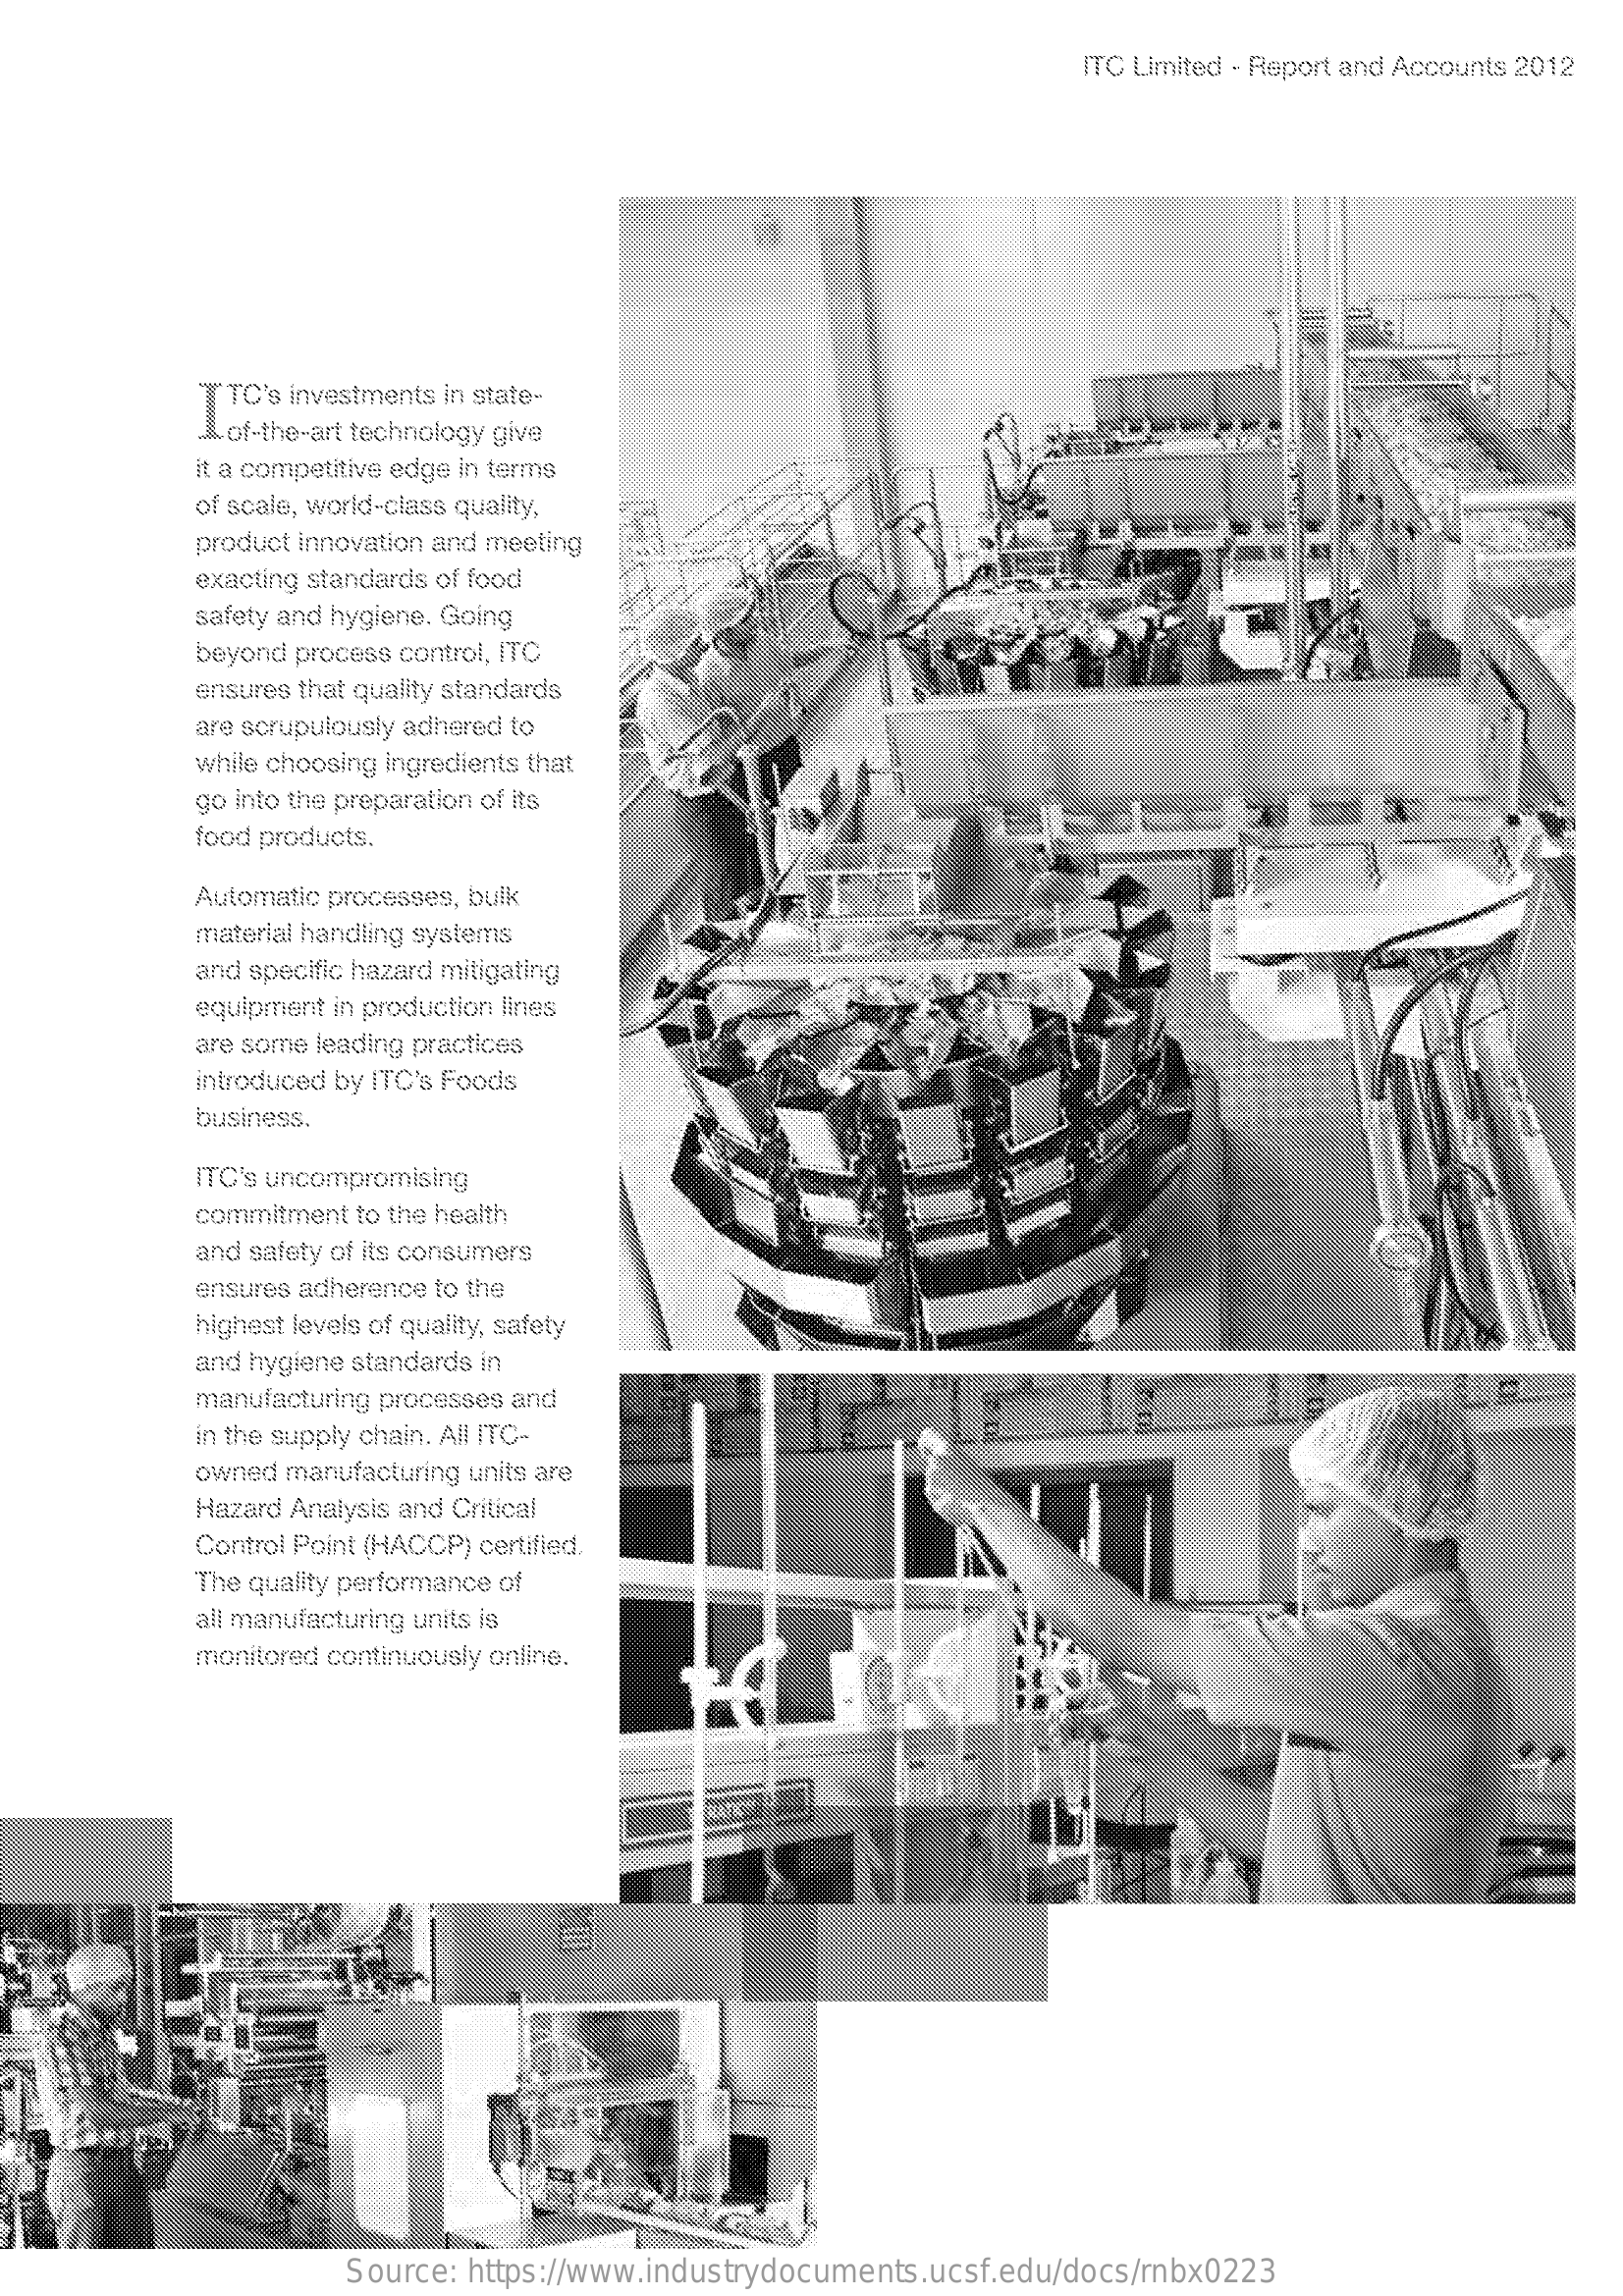
ITC Limited - Report and Accounts 2012
     TTC's investments in state-
     ... of-the-art technology give
     it a competitive edge in terms
     of scale, world-class quality,
     product innovation and meeting
     exacting standards of food
     safety and hygiene. Going
     beyond process control, ITC
     ensures that quality standards
     are scrupulously adhered to
     while choosing ingredients that
     go into the preparation of its
     food products.
     Automatic processes, bulk
     material handling systems
     and specific hazard mitigating
     equipment in production lines
     are some leading practices
     introduced by ITC's Foods
     business.
     ITC's uncompromising
     commitment to the health
     and safety of its consumers
     ensures adherence to the
     highest levels of quality, safety
     and hygiene standards in
     manufacturing processes and
     in the supply chain. All ITC-
     owned manufacturing units are
     Hazard Analysis and Critical
     Control Point (HACCP) certified.
     The quality performance of
     all manufacturing units is
     monitored continuously online.
     Source: https://www.industrydocuments.ucsf.edu/docs/rnbx0223